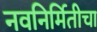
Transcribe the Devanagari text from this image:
नवनिर्मितीचा